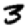
Digit: 3